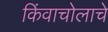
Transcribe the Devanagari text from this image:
किंवाचोलाचे